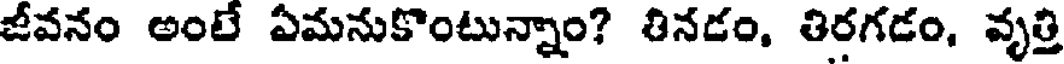
జీవనం అంటే ఏమనుకొంటున్నాం? తినడం, తిరగడం, వృత్తి